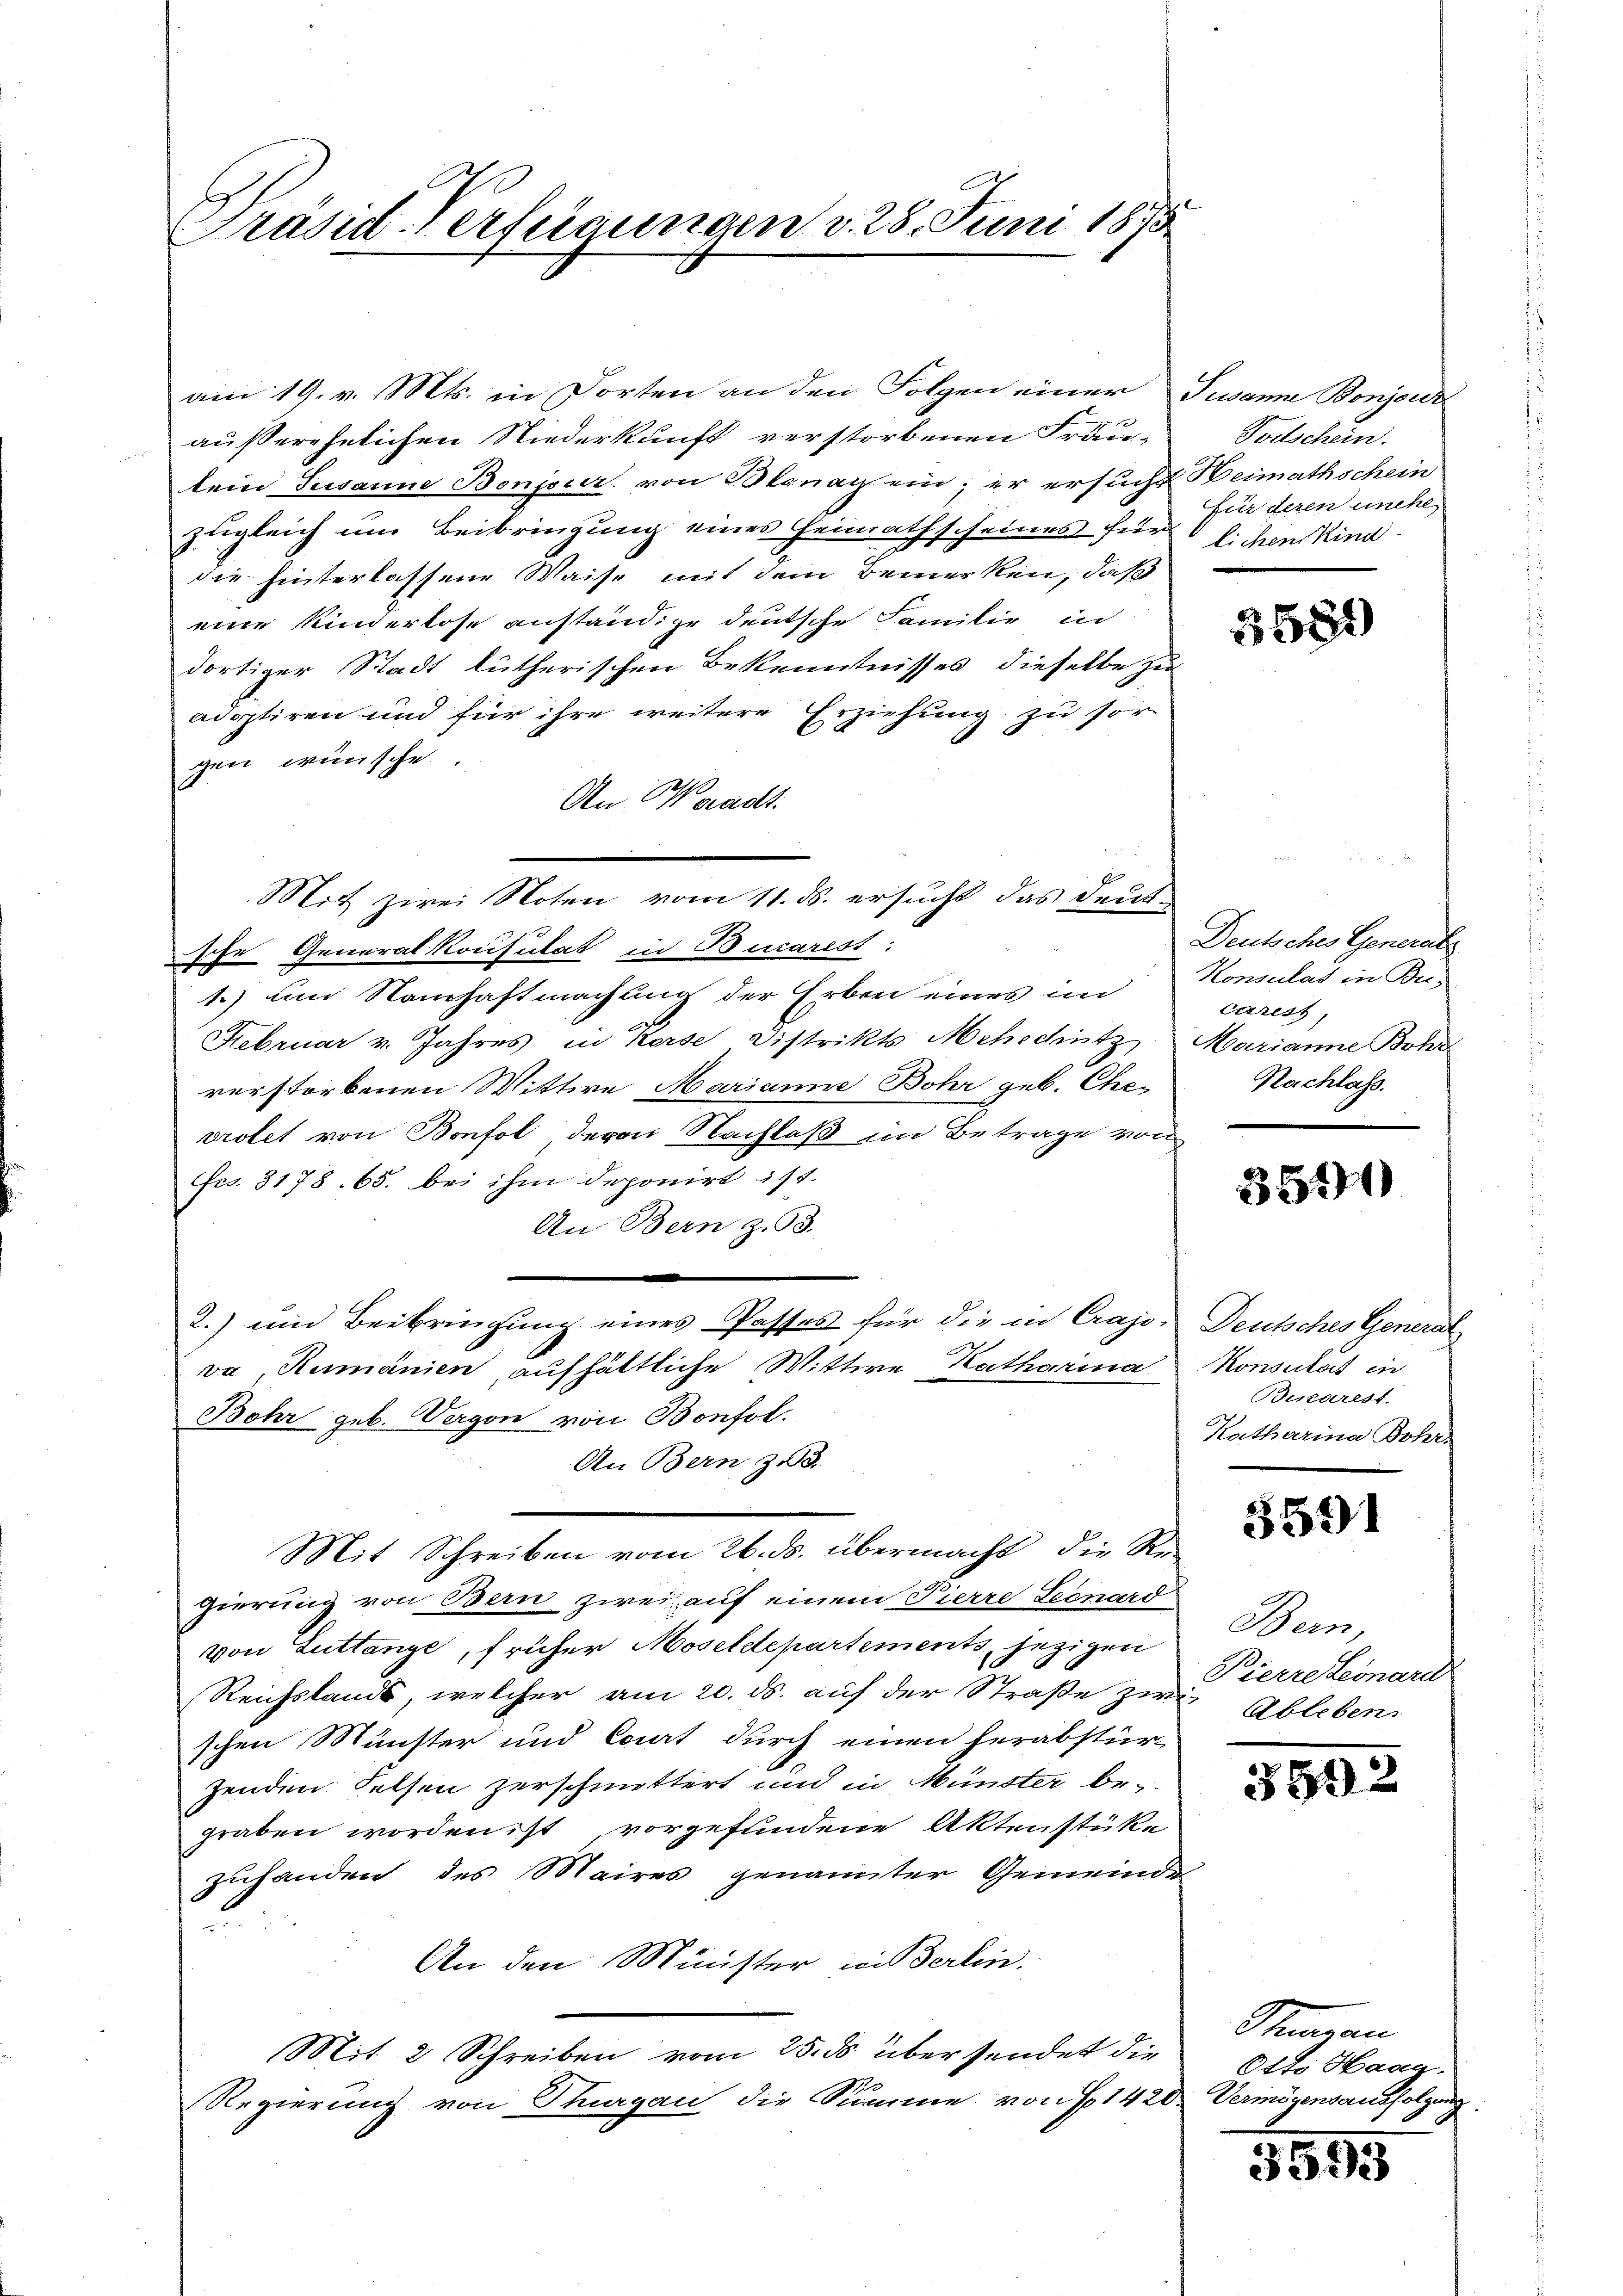
Präsid. Verfügungen v. 28. Juni 1870

am 19. v. Mts. in Dorten an den Folgen einer Susanne Bonjorz
außerehelichen Niederkunft verstorbenen Frau, Todschein.
kein Susanne Bonjour. von Blonay ein; er ersucht Heimathschein
zugleich um Beibringung eines Heimathscheines für  lichen Kind
die hinterlassene Waise mit dem Bemerken, daß
eine Kinderlose anständige deutsche Familie in
dortiger Stadt lütherischen Bekenntnisses, dieselbe zu
adoptiren und für ihre weitere Erziehung zu sor-
gen wünsche
An Waadt.
Mit zwei Noten vom 11. ds. ersucht das deute
sche Generalkonsulat in Bucarist:
1.) um Namhaftmachung der Erben eines im
Februar v. Jahres in Korse Distrikts Mehschütz
verstorbenen Wittwe Marianne Bohr geb. Cheprolet von Bonfol devon Nachlaß im Betrage von
Fes. 3178. 65. bei ihm deponirt ist.
An Bern z. 93.
2.) und Beibringung eines Passes für die in Crajo¬
24
va, Rumänien aufhältliche Wittwe Katharina
Bohr geb. Vergon von Bonfol
An Bern, zu 3.
Mit Schreiben vom 26. ds. übermacht, die Regierung von Bern zwei auf einem Pierre Seenard
von Luttange, früher Moseldepartements, jezigen
Reichstands, welcher am 20. ds. auf der Straße zwi
schen Münster und Cort durch einen herabstür-
Zenden Felsen zerschnittert und in Münster begraben worden ist vorgefundene Aktenstüke
zuhanden des Maires genannter Gemeinde
n
An den Minister widerlin.
Mit 2 Schreiben vom 25. ds über sendet die
Regierung von Thurgau die Summe von § 1420 Vermögensausfolgen,

für deren unehe¬

3581

Deutsches General
Konsulat in Bu-
carest,
Marianne Bohr
Nachlass.

3540

Deutsches General
Konsulat in
Biarest.
Katharina Bohr.

5591

Bern,
Pierre Leonard
 Ableben.

592

Stimmen
Otto Haar.

3593